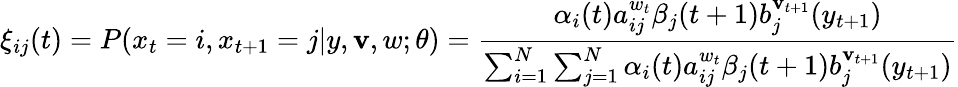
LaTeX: \xi_{ij}(t)=P(x_{t}=i,x_{t+1}=j|y,\mathbf{v},w;\theta)={\frac{{\alpha_{i}(t)a_{ij}^{w_{t}}\beta_{j}(t+1)b_{j}^{\mathbf{v}_{t+1}}(y_{t+1})}}{{\sum_{i=1}^{N}\sum_{j=1}^{N}\alpha_{i}(t)a_{ij}^{w_{t}}\beta_{j}(t+1)b_{j}^{\mathbf{v}_{t+1}}(y_{t+1})}}}